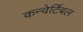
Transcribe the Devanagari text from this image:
कन्वेर्टिबल